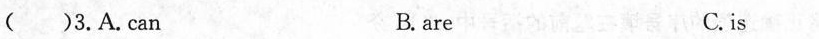
（）3.A.Can B.are C.is